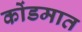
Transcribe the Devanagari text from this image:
कोंडमात